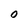
Character: O